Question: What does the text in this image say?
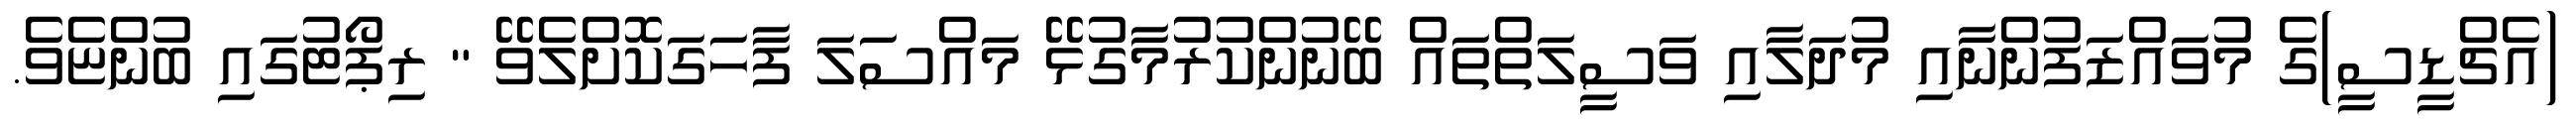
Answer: (އެޗްޑީސީ)ގެ މުވައްޒަފުންނާއި މުދަލާއި ވަސީލަތްތައް ބޭނުންކުރުމާގުޅޭ މައްސަލަ ފާހަގަކޮށްލެވޭ " ރިޕޯޓުގައި ބުންޏެވެ.